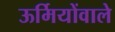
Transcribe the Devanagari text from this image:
ऊर्मियोंवाले